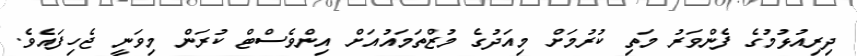
ދިރިއުޅުމުގެ ފެންވަރު މަތި ކުރުމަށް މިއަދުގެ މުޒްތަމައުއަށް އިންވެސްޓް ކުރަން މިވަނީ ޖެހިފައެވެ.